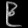
Digit: ၉